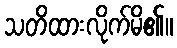
သတိထားလိုက်မိ၏။